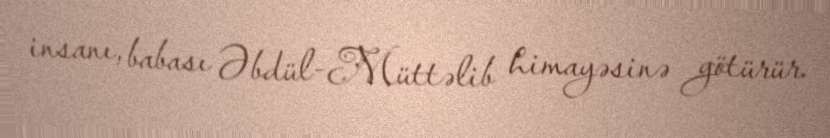
insanı, babası Əbdül-Müttəlib himayəsinə götürür.